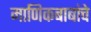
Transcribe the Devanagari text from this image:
माणिकबाबांचे